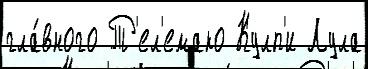
гла́вного Т'ел'емако Кулп'и Лула